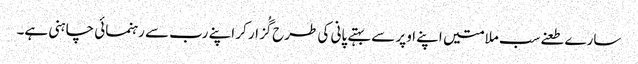
سارے طعنےسب ملامتیں اپنے اوپر سے بہتے پانی کی طرح گُزار کر اپنے رب سے رہنمائی چاہنی ہے۔